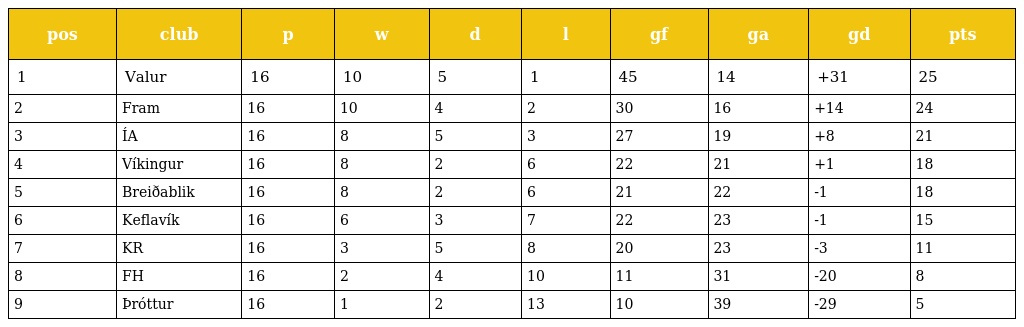
| pos | club | p | w | d | l | gf | ga | gd | pts |
 | --- | --- | --- | --- | --- | --- | --- | --- | --- | --- |
 | 1 | Valur | 16 | 10 | 5 | 1 | 45 | 14 | +31 | 25 |
 | 2 | Fram | 16 | 10 | 4 | 2 | 30 | 16 | +14 | 24 |
 | 3 | ÍA | 16 | 8 | 5 | 3 | 27 | 19 | +8 | 21 |
 | 4 | Víkingur | 16 | 8 | 2 | 6 | 22 | 21 | +1 | 18 |
 | 5 | Breiðablik | 16 | 8 | 2 | 6 | 21 | 22 | -1 | 18 |
 | 6 | Keflavík | 16 | 6 | 3 | 7 | 22 | 23 | -1 | 15 |
 | 7 | KR | 16 | 3 | 5 | 8 | 20 | 23 | -3 | 11 |
 | 8 | FH | 16 | 2 | 4 | 10 | 11 | 31 | -20 | 8 |
 | 9 | Þróttur | 16 | 1 | 2 | 13 | 10 | 39 | -29 | 5 |